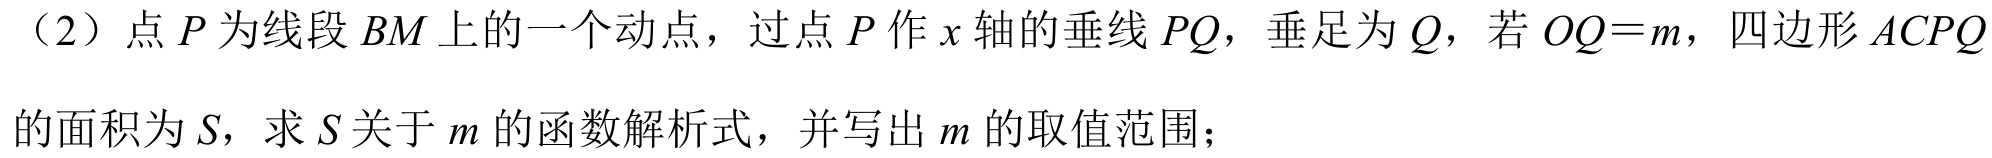
（2）点 \(P\) 为线段 \(BM\) 上的一个动点，过点 \(P\) 作 \(x\) 轴的垂线 \(PQ\)，垂足为 \(Q\)，若 \(OQ = m\)，四边形 \(ACPQ\) 的面积为 \(S\)，求 \(S\) 关于 \(m\) 的函数解析式，并写出 \(m\) 的取值范围；